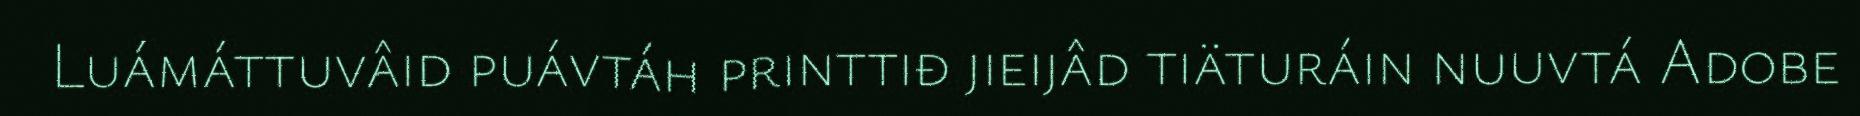
Luámáttuvâid puávtáh printtiđ jieijâd tiäturáin nuuvtá Adobe